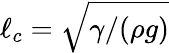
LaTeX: \ell_{c}=\sqrt{\gamma/(\rho g)}